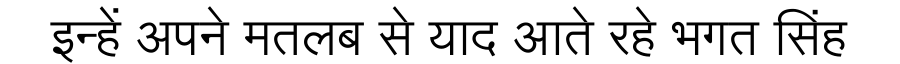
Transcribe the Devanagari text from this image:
इन्हें अपने मतलब से याद आते रहे भगत सिंह